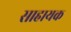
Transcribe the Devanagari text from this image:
साहायक